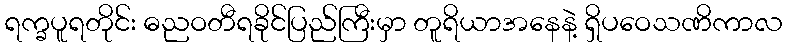
ရက္ခပူရတိုင်း ဓညဝတီရခိုင်ပြည်ကြီးမှာ တူရိယာအနေနဲ့ ရှိပဝေသဏိကာလ